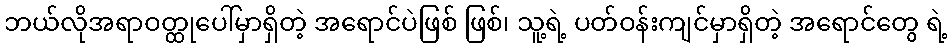
ဘယ်လိုအရာဝတ္ထုပေါ်မှာရှိတဲ့ အရောင်ပဲဖြစ် ဖြစ်၊ သူ့ရဲ့ ပတ်ဝန်းကျင်မှာရှိတဲ့ အရောင်တွေ ရဲ့